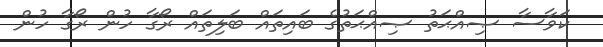
ކަވާސާ ޞިއްޙަތު ޞިއްޙަތުގެ ބައިތައް ބަލިތައް ރޯގާ ހުން ރޯގާ ހުން